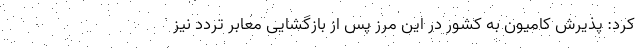
کرد: پذیرش کامیون به کشور در این مرز پس از بازگشایی معابر تردد نیز